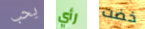
يحب رأي خضت